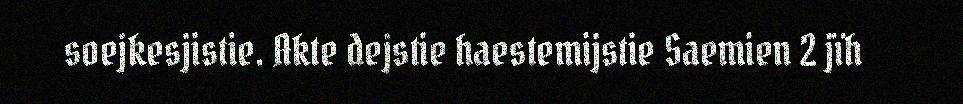
soejkesjistie. Akte dejstie haestemijstie Saemien 2 jïh